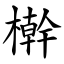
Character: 檊